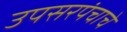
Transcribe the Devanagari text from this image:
उपसरपंचाचे